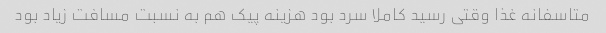
متاسفانه غذا وقتی رسید کاملا سرد بود هزینه پیک هم به نسبت مسافت زیاد بود